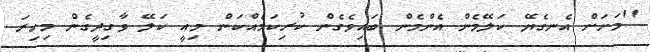
''މަށަށް އެނގެޔޭ ކަލޭމެން އެންމެން ބައިވެގެން ކުރިކަމެއްކަން މިއީ ކަލޭ ވާގިދީގެން މިހިރަ